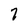
Character: 7